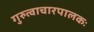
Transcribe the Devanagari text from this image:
गुरुत्वाचारपालकः